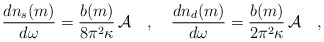
\begin{align*}{dn_s(m) \over d\omega}= {b(m) \over 8\pi^2\kappa}\, {\cal A}~~~,~~~{dn_d(m) \over d\omega}= {b(m) \over 2\pi^2\kappa} \, {\cal A}~~~,\end{align*}